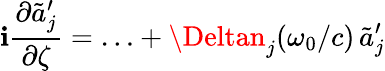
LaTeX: \mathbf{i}\frac{{\partial\tilde{{a}}_{j}^{\prime}}}{{\partial\zeta}}=\ldots+\Deltan_{j}(\omega_{0}/c)\, \tilde{{a}}_{j}^{\prime}